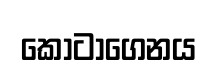
කොටාගෙනය